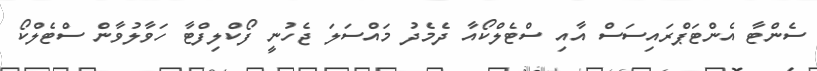
ސެެންޓާ އެންޓަޕްރައިސަސް އާއި ސްޓެލްކޯއާ ދެމެދު މައްސަލަ ޖެހުނީ ފޯކްލިފްޓާ ހަވާލުވާން ސްޓެލްކޯ